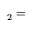
_ 2 =